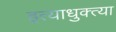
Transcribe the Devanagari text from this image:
इत्याधुक्त्या